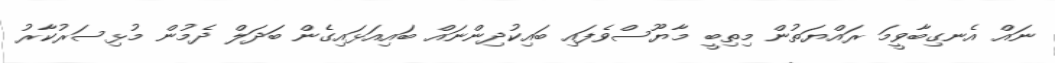
ނައް އެނގިބާވީމަ ރައްޔަތުން މިތިބީ މާޔޫސްވެފައި ބައިކުދިންނައް ބައިއަޅައިގެން ބަދަލް ދެމުން މުޅިސަރުކާރު